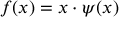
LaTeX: f ( x ) = x \cdot \psi ( x )